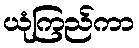
ယုံကြည်ကာ